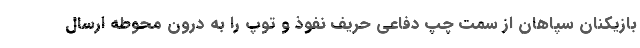
بازیکنان سپاهان از سمت چپ دفاعی حریف نفوذ و توپ را به درون محوطه ارسال